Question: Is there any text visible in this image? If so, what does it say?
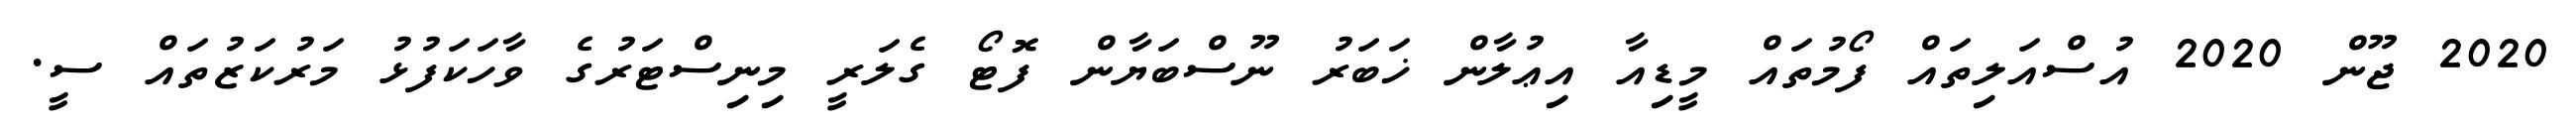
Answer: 2020 ޖޫން 2020 އުސްއަލިތައް ފޯމުތައް މީޑިއާ އިޢުލާން ޚަބަރު ނޫސްބަޔާން ފޮޓޯ ގެލަރީ މިނިސްޓަރުގެ ވާހަކަފުޅު މަރުކަޒުތައް ސީ.